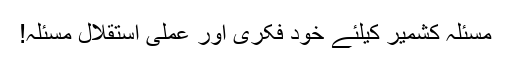
مسئلہ کشمیر کیلئے خود فکری اور عملی استقلال مسئلہ!